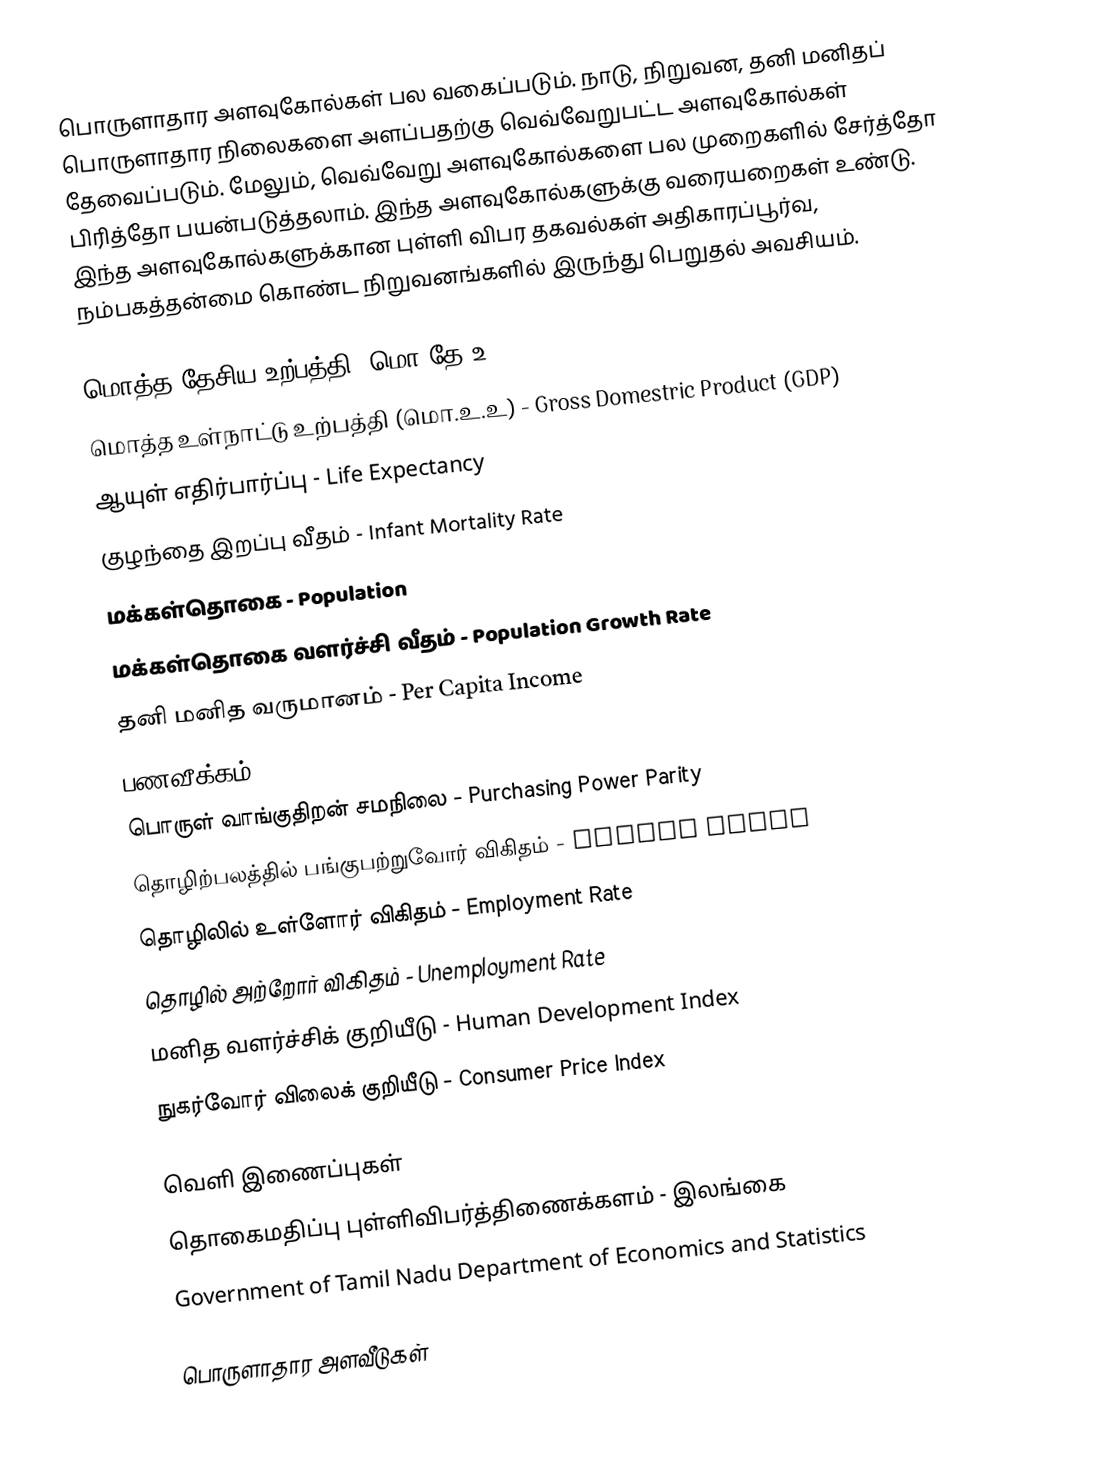
பொருளாதார அளவுகோல்கள் பல வகைப்படும்.  நாடு, நிறுவன, தனி மனிதப் பொருளாதார நிலைகளை அளப்பதற்கு வெவ்வேறுபட்ட அளவுகோல்கள் தேவைப்படும்.  மேலும், வெவ்வேறு அளவுகோல்களை பல முறைகளில் சேர்த்தோ பிரித்தோ பயன்படுத்தலாம்.  இந்த அளவுகோல்களுக்கு வரையறைகள் உண்டு.  இந்த அளவுகோல்களுக்கான புள்ளி விபர தகவல்கள் அதிகாரப்பூர்வ, நம்பகத்தன்மை கொண்ட நிறுவனங்களில் இருந்து பெறுதல் அவசியம்.

 மொத்த தேசிய உற்பத்தி (மொ.தே.உ) - Gross National Product (GNP)
 மொத்த உள்நாட்டு உற்பத்தி (மொ.உ.உ) - Gross Domestric Product (GDP)
 ஆயுள் எதிர்பார்ப்பு - Life Expectancy
 குழந்தை இறப்பு வீதம் - Infant Mortality Rate
 மக்கள்தொகை - Population
 மக்கள்தொகை வளர்ச்சி வீதம் - Population Growth Rate
 தனி மனித வருமானம் - Per Capita Income
 பணவீக்கம் - Inflation
 பொருள் வாங்குதிறன் சமநிலை - Purchasing Power Parity
 தொழிற்பலத்தில் பங்குபற்றுவோர் விகிதம் - Labour Force
 தொழிலில் உள்ளோர் விகிதம் - Employment Rate
 தொழில் அற்றோர் விகிதம் - Unemployment Rate
 மனித வளர்ச்சிக் குறியீடு - Human Development Index
 நுகர்வோர் விலைக் குறியீடு - Consumer Price Index

வெளி இணைப்புகள்
தொகைமதிப்பு புள்ளிவிபர்த்திணைக்களம் - இலங்கை
Government of Tamil Nadu Department of Economics and Statistics

பொருளாதார அளவீடுகள்